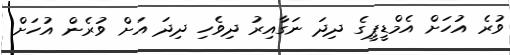
ވުރެ އުހަށް އެމްޑީޕީގެ ދިދަ ނަގާއިރު ދިވެހި ދިދަ އަށް ވުރެން އުހަށް